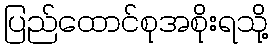
ပြည်ထောင်စုအစိုးရသို့